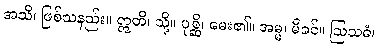
အသိ၊ ဖြစ်သနည်း။ ဣတိ၊ သို့။ ပုစ္ဆိ၊ မေး၏။ အမ္မ၊ မိခင်။ ဩသဓံ၊